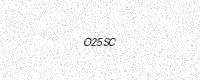
Text: O25SC